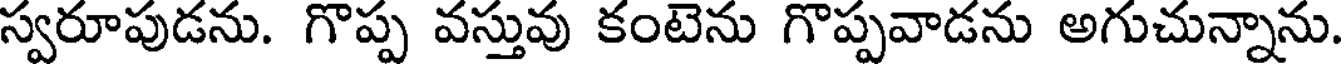
స్వరూపుడను. గొప్ప వస్తువు కంటెను గొప్పవాడను అగుచున్నాను.